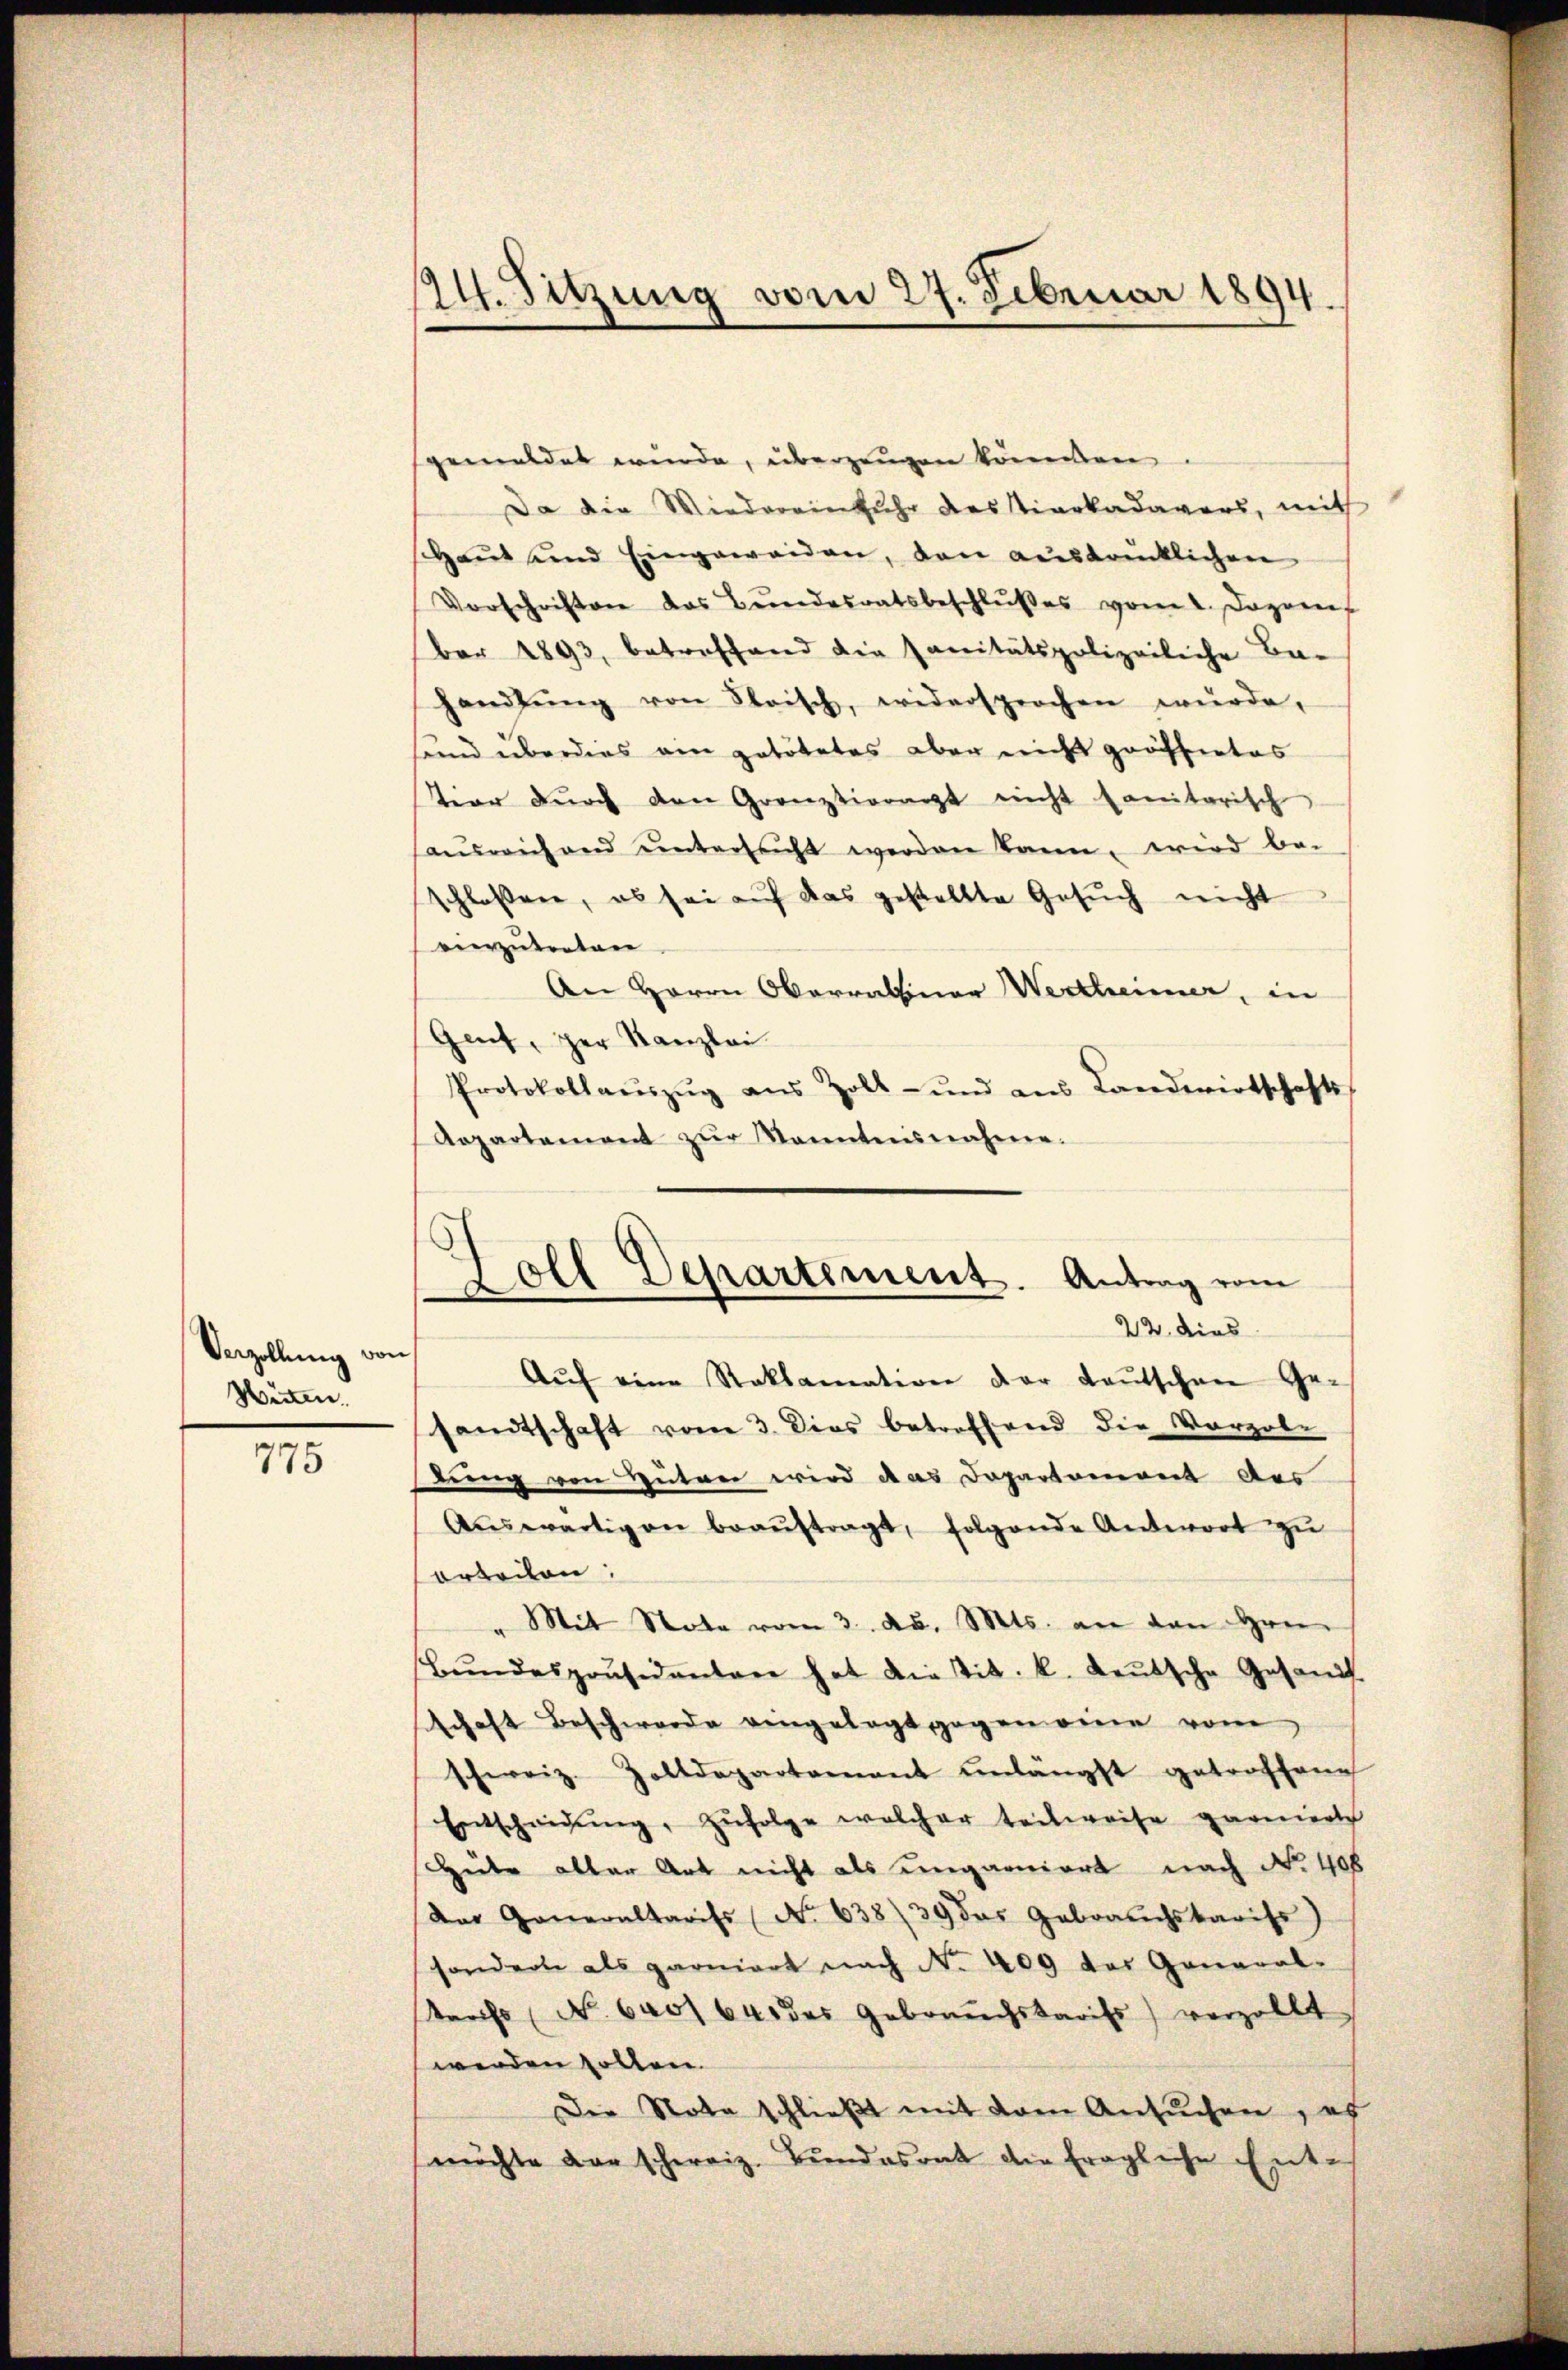
Verzollung von
Weiten

775

24. Sitzung vom 27. Februar 1894.

gemeldet wurde, überzeugen könnten
Da die Wiedereinfuhr des Stiarkadavers, mit
Haŭt und Eingeweiden, den ausdrücklichen
Vorschriften das Bŭndesratsbeschlŭβes vom 2. Dezem
ber 1893, betreffend die sanitätspolizeiliche Ba-
handlŭng von Frisch, widersprochen würde,
und überdies am potötetes aber nicht grössertes
tier dŭrch den Grenztiorat nicht sanitarisch
ausreichend untersucht werden kann, wird be-
schlossen, es sei auf das gestellte Gesŭch nicht
vierzutreten
An Herrn Oberrainer Wertheimer, in
Gent, zur Kanzlei
Protokollaŭszŭg aŭs Zoll- und aus Landwirtschafts
Aepartement zŭr Kenntnisnahme.
sandtschaft vom 3. Dies betreffend die Vorzobe
dung von Hütrer wird das Departement des
Aŭswärtigen beaŭftragt, folgende Antwort zu
orteilen:
Mit Stote vom 3. d. Mts. an den Hrn.
Bŭndespräsidentare hat die tit. k. Leŭtsche Gesandt
schaft Beschwerde vergelegt gegen eine vom
schweiz. Zolldepartamant unlängst getroffene
Entscheidŭng, zŭfolge welcher teilweise parenersch
Hute aller Art nicht als ungarniert nach No. 408
Das Generaltarifs (No 638) 39 das Gebrauchskariss)
sonderte als garniert nach No. 409 das General-
tarifs (No. 640164 das Gebrauchstarifs) verzollt
werden sollen.
Der Nota schließt mit dem Ansuchen, es
möchte dar schweiz. Bundesrat die fragliche Ente

5
Oll Departement. Antrag vom
22. dies
Aŭf eine Reklamation der Leŭtschen Ge-